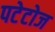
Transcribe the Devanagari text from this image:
पटेटोज